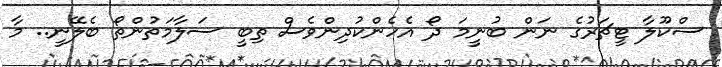
ސްކޫލާ ޓީޗަރުގެ ނަން ބުނީމަ ދޯ އެހެންކުދިންވެސް ތިބީ ސަލާމަތުންތޯ ބެލޭނީ.. މާ